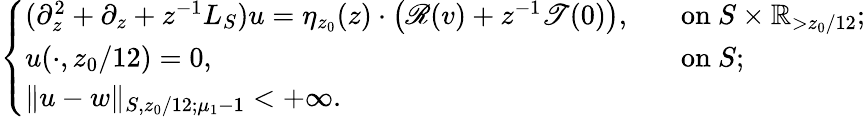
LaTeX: \begin{array}{r}{\left\{ \begin{array}{ll}{(\partial_{z}^{2}+\partial_{z}+z^{-1}L_{S})u=\eta_{z_{0}}(z)\cdot\left(\mathscr{R}(v)+z^{-1}\mathscr{T}(0)\right),\ }&{\ \mathrm{~on~}S\times\mathbb{R}_{>z_{0}/12};}\\ {u(\cdot,z_{0}/12)=0,\ }&{\ \mathrm{~on~}S;}\\ {\| u-w\| _{S,z_{0}/12;\mu_{1}-1}<+\infty.}\end{array}\right.}\end{array}